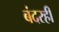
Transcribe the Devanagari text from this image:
बंदरही